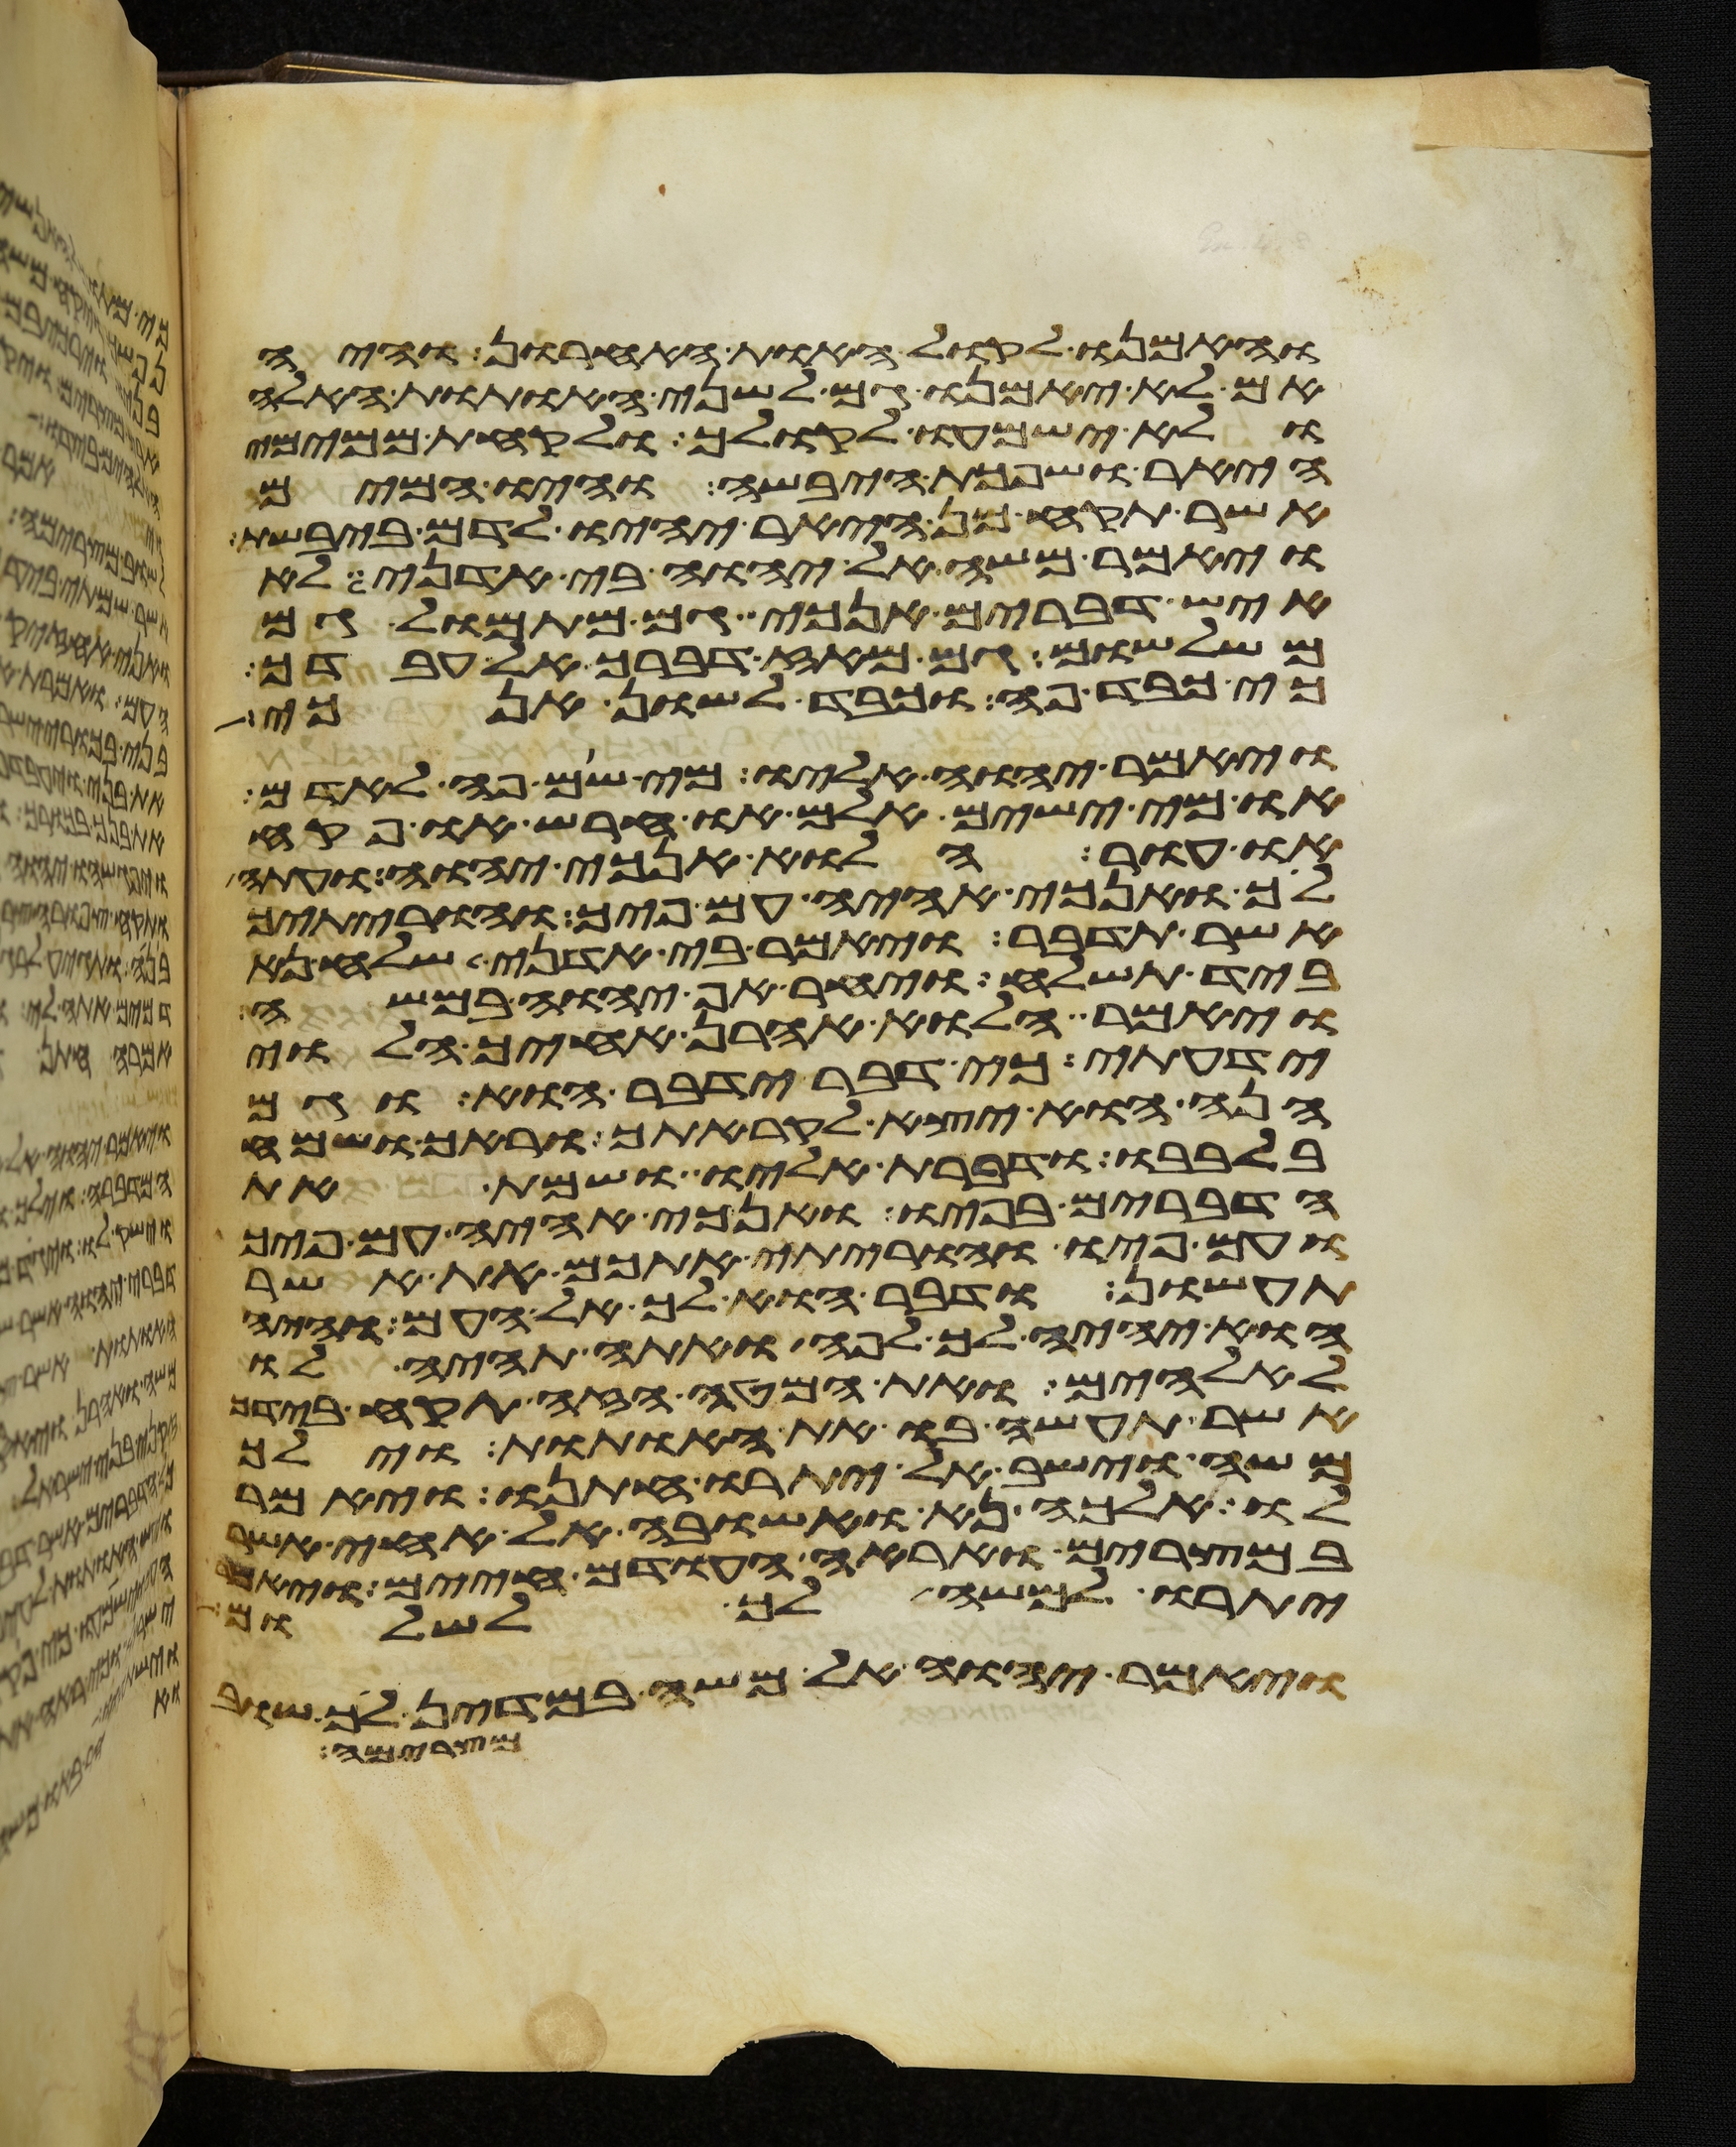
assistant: והאמנו לקול האות האחרון והיה
אם לא יאמנו גם לשני האתות האלה
ולא ישמעו לקולך ולקחת ממימי
היאר ושפכת היבשה והיו המים
אשר תקח מן היאר יהיו לדם ביבשת
ויאמר משה אל יהוה בי אדני לא
איש דברים אנכי גם מתמול גם
משלשום גם מאז דברך אל עבדך
כי כבד פה וכבד לשון אנכי
ויאמר יהוה אליו מי שם פה לאדם
או מי ישים אלם או חרש או פקח
או עור הלוא אנכי יהוה ועתה
לך ואנכי אהיה עם פיך והוריתיך
אשר תדבר ויאמר בי אדני שלח נא
ביד תשלח ויחר אף יהוה במשה
ויאמר הלוא אהרן אחיך הלוי
ידעתי כי דבר ידבר הוא וגם
הנה הוא יצא לקראתך וראך ושמח
בלבבו ודברת אליו ושמת את
הדברים בפיו ואנכי אהיה עם פיך
ועם פיו והוריתי אתכם את אשר
תעשון ודבר הוא לך אל העם והיה
הוא יהיה לך לפה ואתה תהיה לו
לאלהים ואת המטה הזה תקח בידך
אשר תעשה בו את האתות וילך
משה וישב אל יתרו חתנו ויאמר
לו אלכה נא ואשובה אל אחי אשר
במצרים ואראה העודם חיים ויאמר
יתרו למשה לך לשלום
ויאמר יהוה אל משה במדין לך שוב
מצרימה